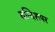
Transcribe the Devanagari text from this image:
बन्दिशपर